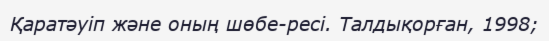
Қаратәуіп және оның шөбе-ресі. Талдықорған, 1998;